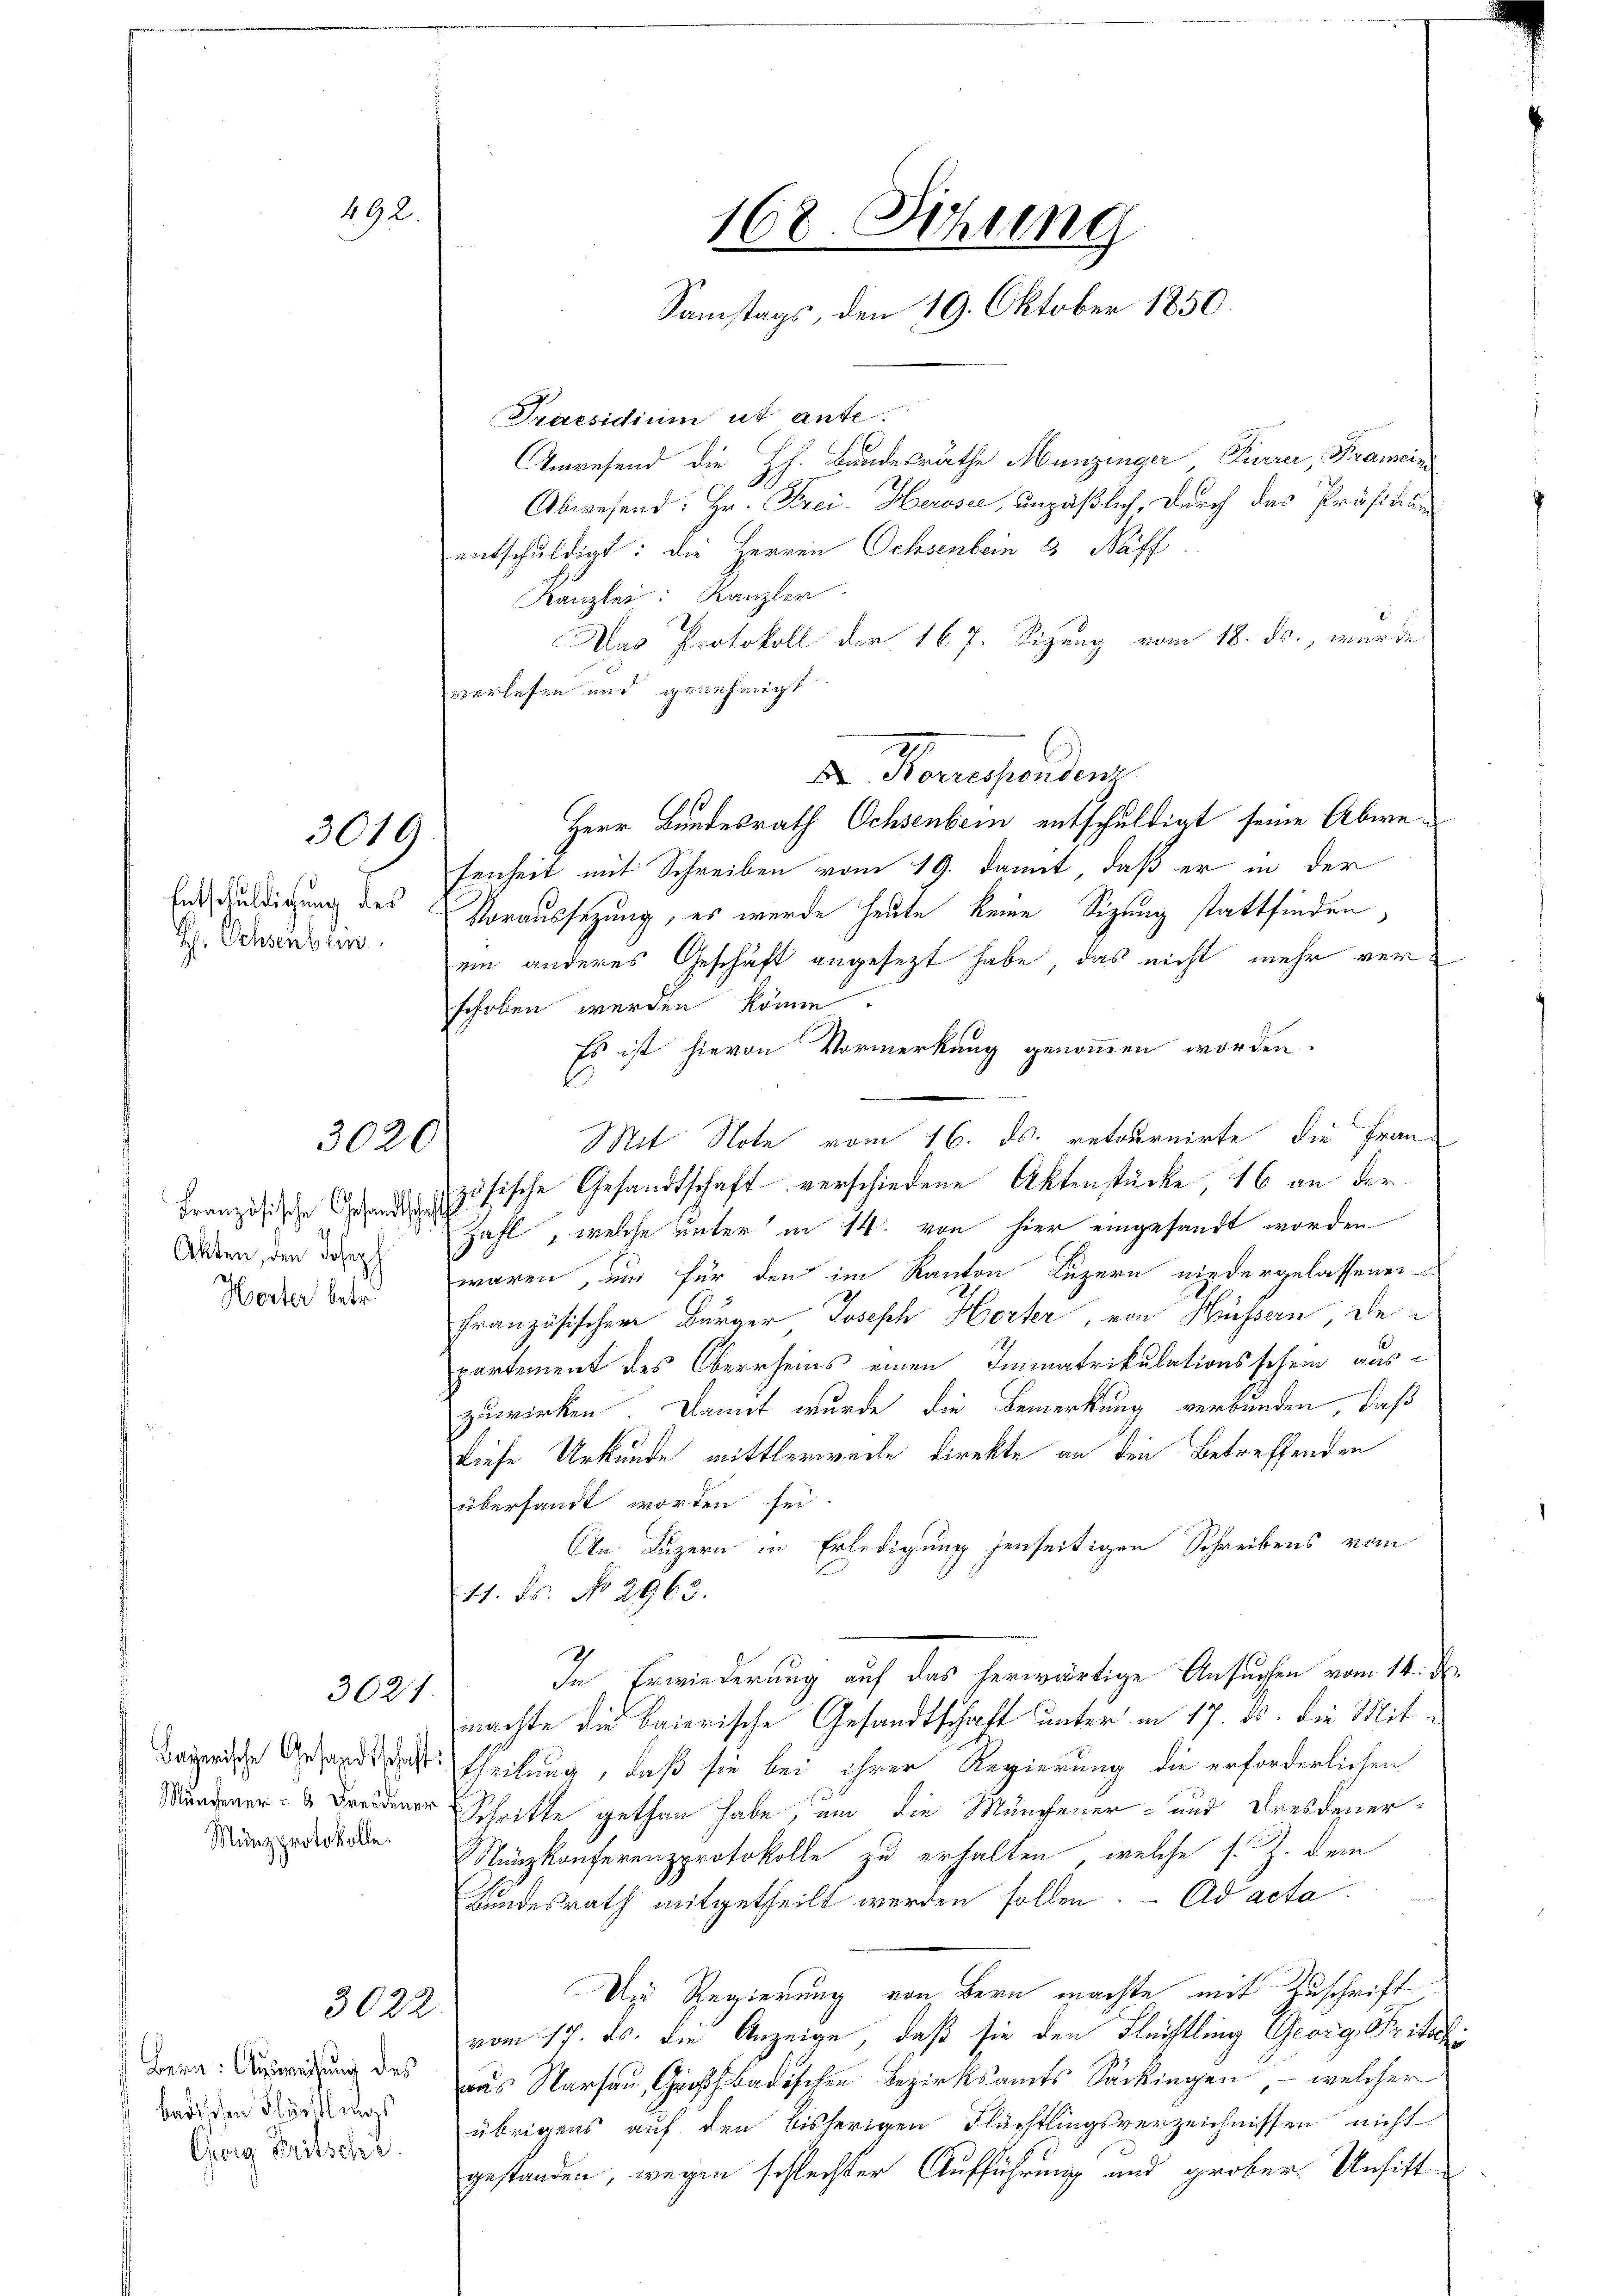
d

492

3019

Entschuldigung des
H Ochsenbein.

3020.

Akten, den Joseph
Herter betr.

3021.

Münzprotokolle.

badischen Flurlings
Georg Fritsche.

3022

Praesidium ut ante
Anwesend die h. Bundesrathe Munzinger Furrer, Prancini
Abwesend: Hr. Frei- Herose, unpäßlich, durch das Präsidium
entschuldigt: die Herren Ochsenbein 3 Bäff
Kanzlei: Kanzler
Das Protokoll der 167. Sizung vom 18. ds., wurde
verlesen und genehmigt
Korusenden
Herr Bundesrath Ochsenbein entschuldigt seine Abwefenheit mit Schreiben vom 19. damit, daß er in der
Voraussetzung, es wurde heute keine Sitzung stattfinden,
ein anderes Geschäft angesezt habe, das nicht mehr verschoben werden könne.
Es ist hievon Vormerkung genommen worden.
Mit Note vom 16. ds. retournirte, die Fran
Französisch zösische Gesandtschaft verschiedene Aktenstücke 16 an der
Zahl, welche unter in 14. von hier eingesandt worden
waren, um für den im Kanton Luzern niedergelassenen
französischer Bürger Joseph Herter, von Hüssern, de
partement des Oberrheins einen Immatrikulationsschein auszuwirken. Damit wurde die Bemerkung verbunden, daß
Diese Urkunde mittlerweile direkte an den Betreffenden
übersandt worden sei.
An Luzern in Erledigung jenseitigen Schreibens vom
11. ds. No 2963.
In Erwiederung auf das herwärtige Ansuchen vom 14. d.
machte die Baierische Gesandtschaft unter in 17. ds. die Mitbairische Gesandtschaft Theilung, daß sie bei ihrer Regierung die erforderlichen
Mundener Fredener Schritte gethan habe, und die Münchener- und Dresdener-
Nunzkonferenzprotokolle zu erhalten, welche s. Z. dem
Bundesrath mitgetheilt werden sollen. - Ad acta
Dn Regierung von Bern machte mit Zuschrift,
vom 17. ds. die Anzeige, daß sie den Flechtling Georg Fritschi
Bern Auswegung des aus Marsau, Großh. badischen Bezirksamts Säckingen, – welcher
übrigens auf den bisherigen Flüchtlingsverzeichnissen nicht
gestanden, wegen schlechter Aufführung und grober Unsitt

168. Sitzung
Samstags, den 19. Oktober 1850.